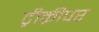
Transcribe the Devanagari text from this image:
ट्रीक्रीपर